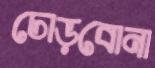
ঢোড়বোনা